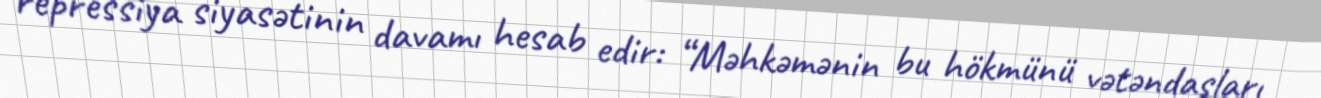
repressiya siyasətinin davamı hesab edir: “Məhkəmənin bu hökmünü vətəndaşları